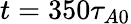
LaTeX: t=350\tau_{A0}